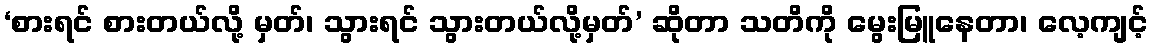
‘စားရင် စားတယ်လို့ မှတ်၊ သွားရင် သွားတယ်လို့မှတ်’ ဆိုတာ သတိကို မွေးမြူနေတာ၊ လေ့ကျင့်